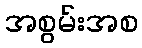
အစွမ်းအစ